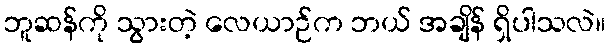
ဘူဆန်ကို သွားတဲ့ လေယာဉ်က ဘယ် အချိန် ရှိပါသလဲ။